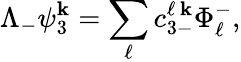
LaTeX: \Lambda_{-}\psi_{3}^{\mathbf{k}}=\sum_{\ell}{c_{3-}^{\ell\, \mathbf{k}}\Phi_{\ell}^{-}},